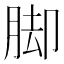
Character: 脚